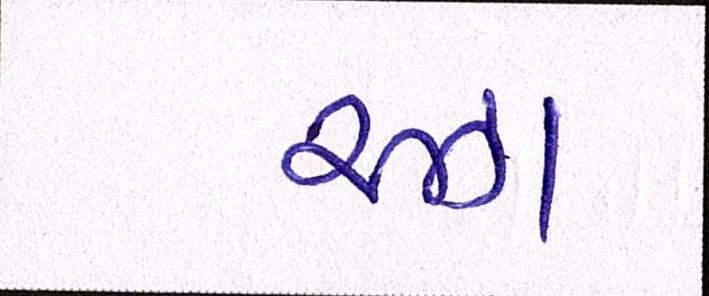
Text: રઝા